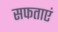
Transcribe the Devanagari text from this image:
सफताएं